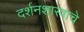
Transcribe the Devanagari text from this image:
दर्शनशास्त्राचे